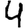
Digit: 4